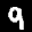
Label: 9